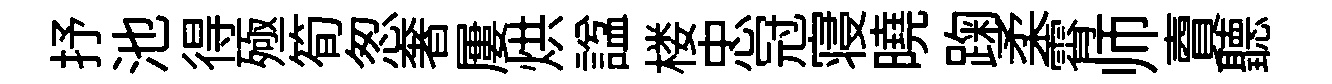
抒池得殛筍怱奢屢烘諡楼忠冠寝曉踘柔霄师𧶠聽